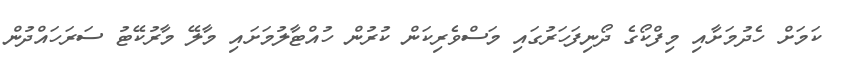
ކަމަށް ހެދުމަށާއި މިފްކޯގެ ދޯނިފަހަރުގައި މަސްވެރިކަން ކުރުން ހުއްޓާލުމަށައި މާލޭ މާރުކޭޓު ސަރަހައްދުން